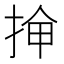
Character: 𫼸